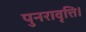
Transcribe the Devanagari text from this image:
पुनरावृत्ति।